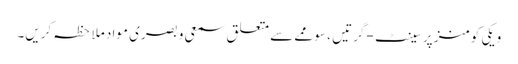
ویکی کومنز پر سینٹ-گرتیں ، سوممے سے متعلق سمعی و بصری مواد ملاحظہ کریں۔